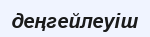
деңгейлеуіш